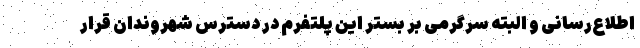
اطلاع‌رسانی و البته سرگرمی بر بستر این پلتفرم در دسترس شهروندان قرار